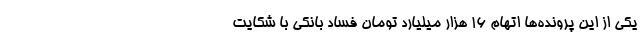
یکی از این پرونده‌ها اتهام ۱۶ هزار میلیارد تومان فساد بانکی با شکایت